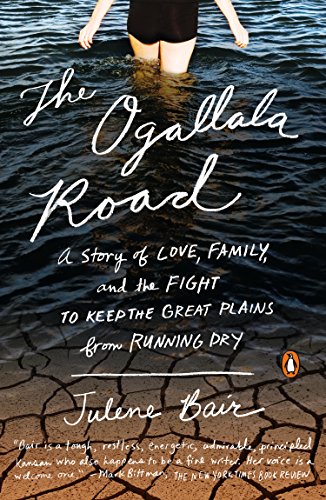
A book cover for The Ogallala Road: A Story of Love, Family, and the Fight to Keep the Great Plains from Running Dry; Julene Bair; Science & Math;